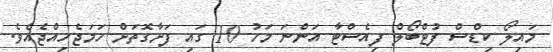
މައިލޯ ކިޑްސް ފުޓްބޯލް ފިއެސްޓާ އަންނަ މަހު 10 ގައި ފަށާގޮތަށް ހަމަޖެހިއްޖެއެވެ.